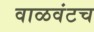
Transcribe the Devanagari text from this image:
वाळवंटच